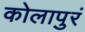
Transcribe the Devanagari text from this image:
कोलापुरं